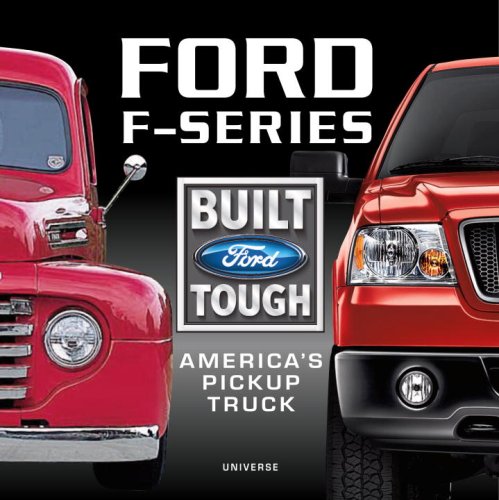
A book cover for Ford F-Series: America's Pickup Truck; William Scheller; Engineering & Transportation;